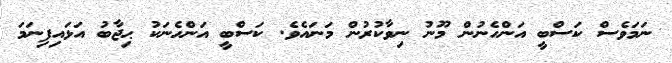
ނަމަވެސް ކަސްބީ އަންހެނުން މޫނު ނިވާކުރުން މަނައެވެ. ކަސްބީ އަންހެނަކު ޙިޖާބު އަޅައިފިނަމަ